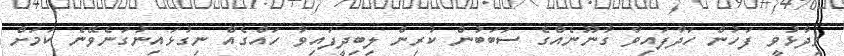
ވިދާޅުވީ ފަހުން ހަދާފައިވާ ގާނޫނެއްގެ ސަބަބުން ކުރިން ލިބިދީފައިވާ ހައްގެއް ނިގުޅައިނުގަނެވޭނެ ކަމަށް